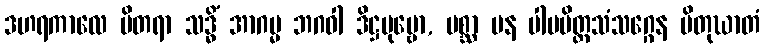
ဒဟရကာလေ ပိတရာ သဒ္ဓိံ အာဂမ္မ ဘဂဝါ ဒိဋ္ဌပုဗ္ဗော, ပစ္ဆာ ပန ပါပမိတ္တသံသဂ္ဂေန ပိတုဃာတံ